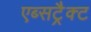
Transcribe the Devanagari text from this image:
एब्सट्रैक्ट